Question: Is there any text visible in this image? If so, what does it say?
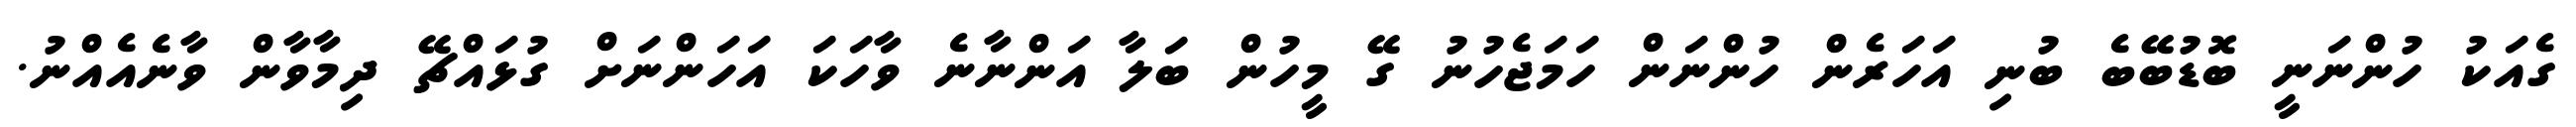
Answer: ގެއަކު ހުންނަނީ ބޮޑުބޭބެ ބުނި އަހަރެން ހުންނަން ހަމަޖެހުނު ގޭ މީހުން ބަލާ އަންނާނެ ވާހަކަ އަހަންނަށް ގުޅައްޗޭ ދިމާވާން ވާނެއެއްނު.